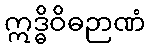
ဣဒ္ဓိဝိဓဉာဏံ